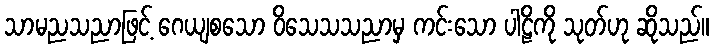
သာမညသညာဖြင့် ဂေယျစသော ဝိသေသသညာမှ ကင်းသော ပါဠိကို သုတ်ဟု ဆိုသည်။